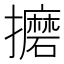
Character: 𫾚